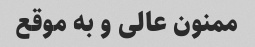
ممنون عالی و به موقع